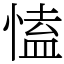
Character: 㥺